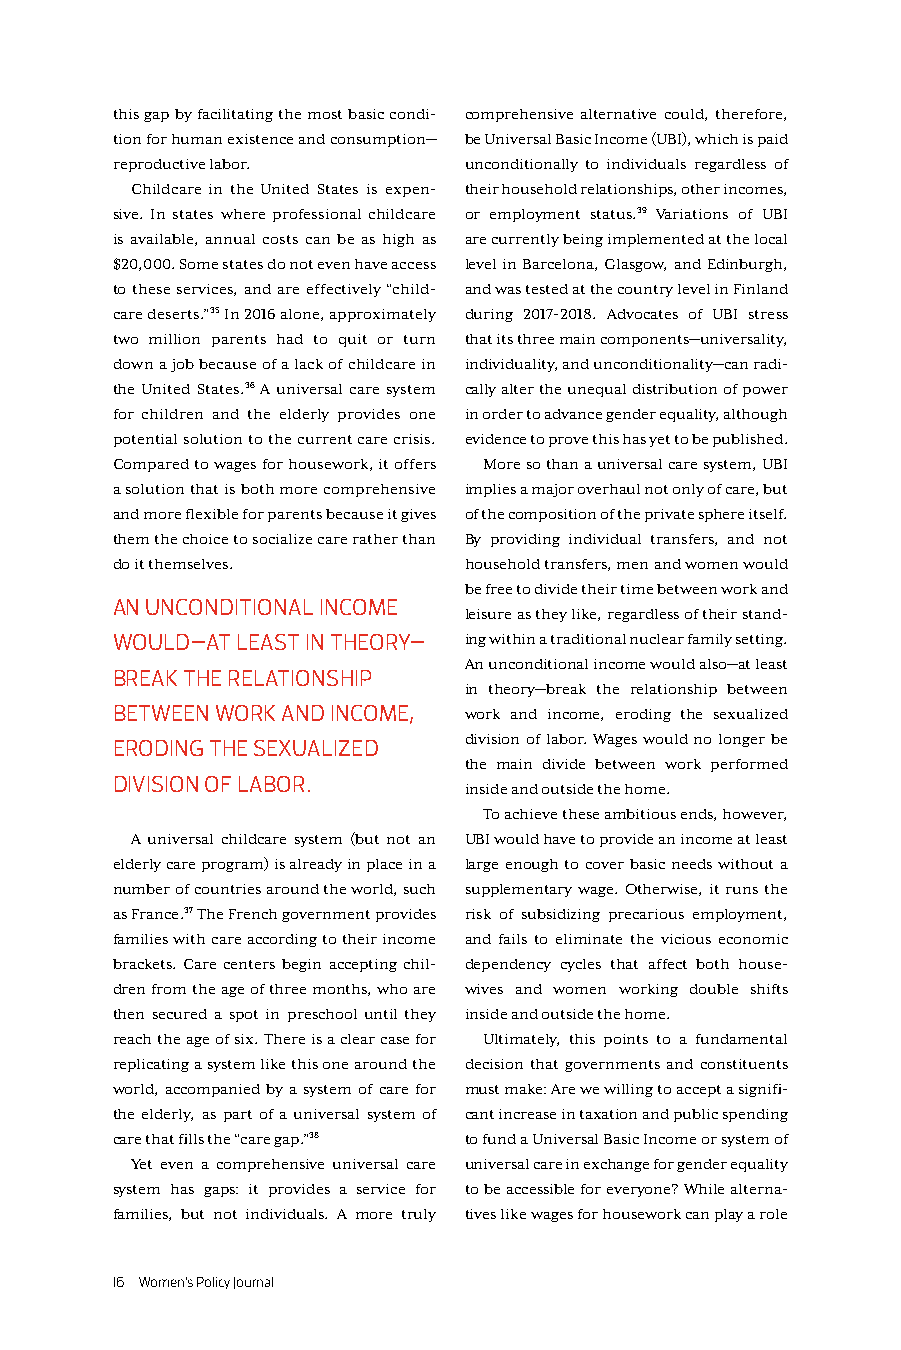
this gap by facilitating the most basic condi- comprehensive alternative could, therefore,
 tion for human existence and consumption— be Universal Basic Income (UBI), which is paid
 reproductive labor.     unconditionally to individuals regardless of
 Childcare in the United States is expen- their household relationships, other incomes,
 sive. In states where professional childcare or employment status.39 Variations of UBI
 is available, annual costs can be as high as are currently being implemented at the local
 $20,000. Some states do not even have access level in Barcelona, Glasgow, and Edinburgh,
 to these services, and are effectively “child- and was tested at the country level in Finland
 care deserts.”35 In 2016 alone, approximately during 2017-2018. Advocates of UBI stress
 two million parents had to quit or turn that its three main components—universality,
 down a job because of a lack of childcare in individuality, and unconditionality—can radi-
 the United States.36 A universal care system cally alter the unequal distribution of power
 for children and the elderly provides one in order to advance gender equality, although
 potential solution to the current care crisis. evidence to prove this has yet to be published.
 Compared to wages for housework, it offers More so than a universal care system, UBI
 a solution that is both more comprehensive implies a major overhaul not only of care, but
 and more flexible for parents because it gives of the composition of the private sphere itself.
 them the choice to socialize care rather than By providing individual transfers, and not
 do it themselves.       household transfers, men and women would
 be free to divide their time between work and
 AN UNCONDITIONAL INCOME
 leisure as they like, regardless of their stand-
 WOULD—AT LEAST IN THEORY— ing within a traditional nuclear family setting.
 An unconditional income would also—at least
 BREAK THE RELATIONSHIP
 in theory—break the relationship between
 BETWEEN WORK AND INCOME, work and income, eroding the sexualized
 division of labor. Wages would no longer be
 ERODING THE SEXUALIZED
 the main divide between work performed
 DIVISION OF LABOR.
 inside and outside the home.
 To achieve these ambitious ends, however,
 A universal childcare system (but not an UBI would have to provide an income at least
 elderly care program) is already in place in a large enough to cover basic needs without a
 number of countries around the world, such supplementary wage. Otherwise, it runs the
 as France.37 The French government provides risk of subsidizing precarious employment,
 families with care according to their income and fails to eliminate the vicious economic
 brackets. Care centers begin accepting chil- dependency cycles that affect both house-
 dren from the age of three months, who are wives and women working double shifts
 then secured a spot in preschool until they inside and outside the home.
 reach the age of six. There is a clear case for Ultimately, this points to a fundamental
 replicating a system like this one around the decision that governments and constituents
 world, accompanied by a system of care for must make: Are we willing to accept a signifi-
 the elderly, as part of a universal system of cant increase in taxation and public spending
 care that fills the “care gap.”38 to fund a Universal Basic Income or system of
 Yet even a comprehensive universal care universal care in exchange for gender equality
 system has gaps: it provides a service for to be accessible for everyone? While alterna-
 families, but not individuals. A more truly tives like wages for housework can play a role
 16 Women’s Policy Journal